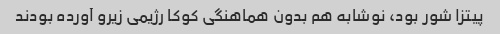
پیتزا شور بود، نوشابه هم بدون هماهنگی کوکا رژیمی زیرو آورده بودند